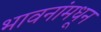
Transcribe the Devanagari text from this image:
भावनांमधून